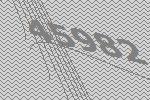
45982